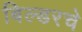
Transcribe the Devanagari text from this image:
बिल्डरचे